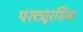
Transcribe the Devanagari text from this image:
परट्यूरसिस